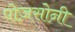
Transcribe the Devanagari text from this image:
पोज़सोनी